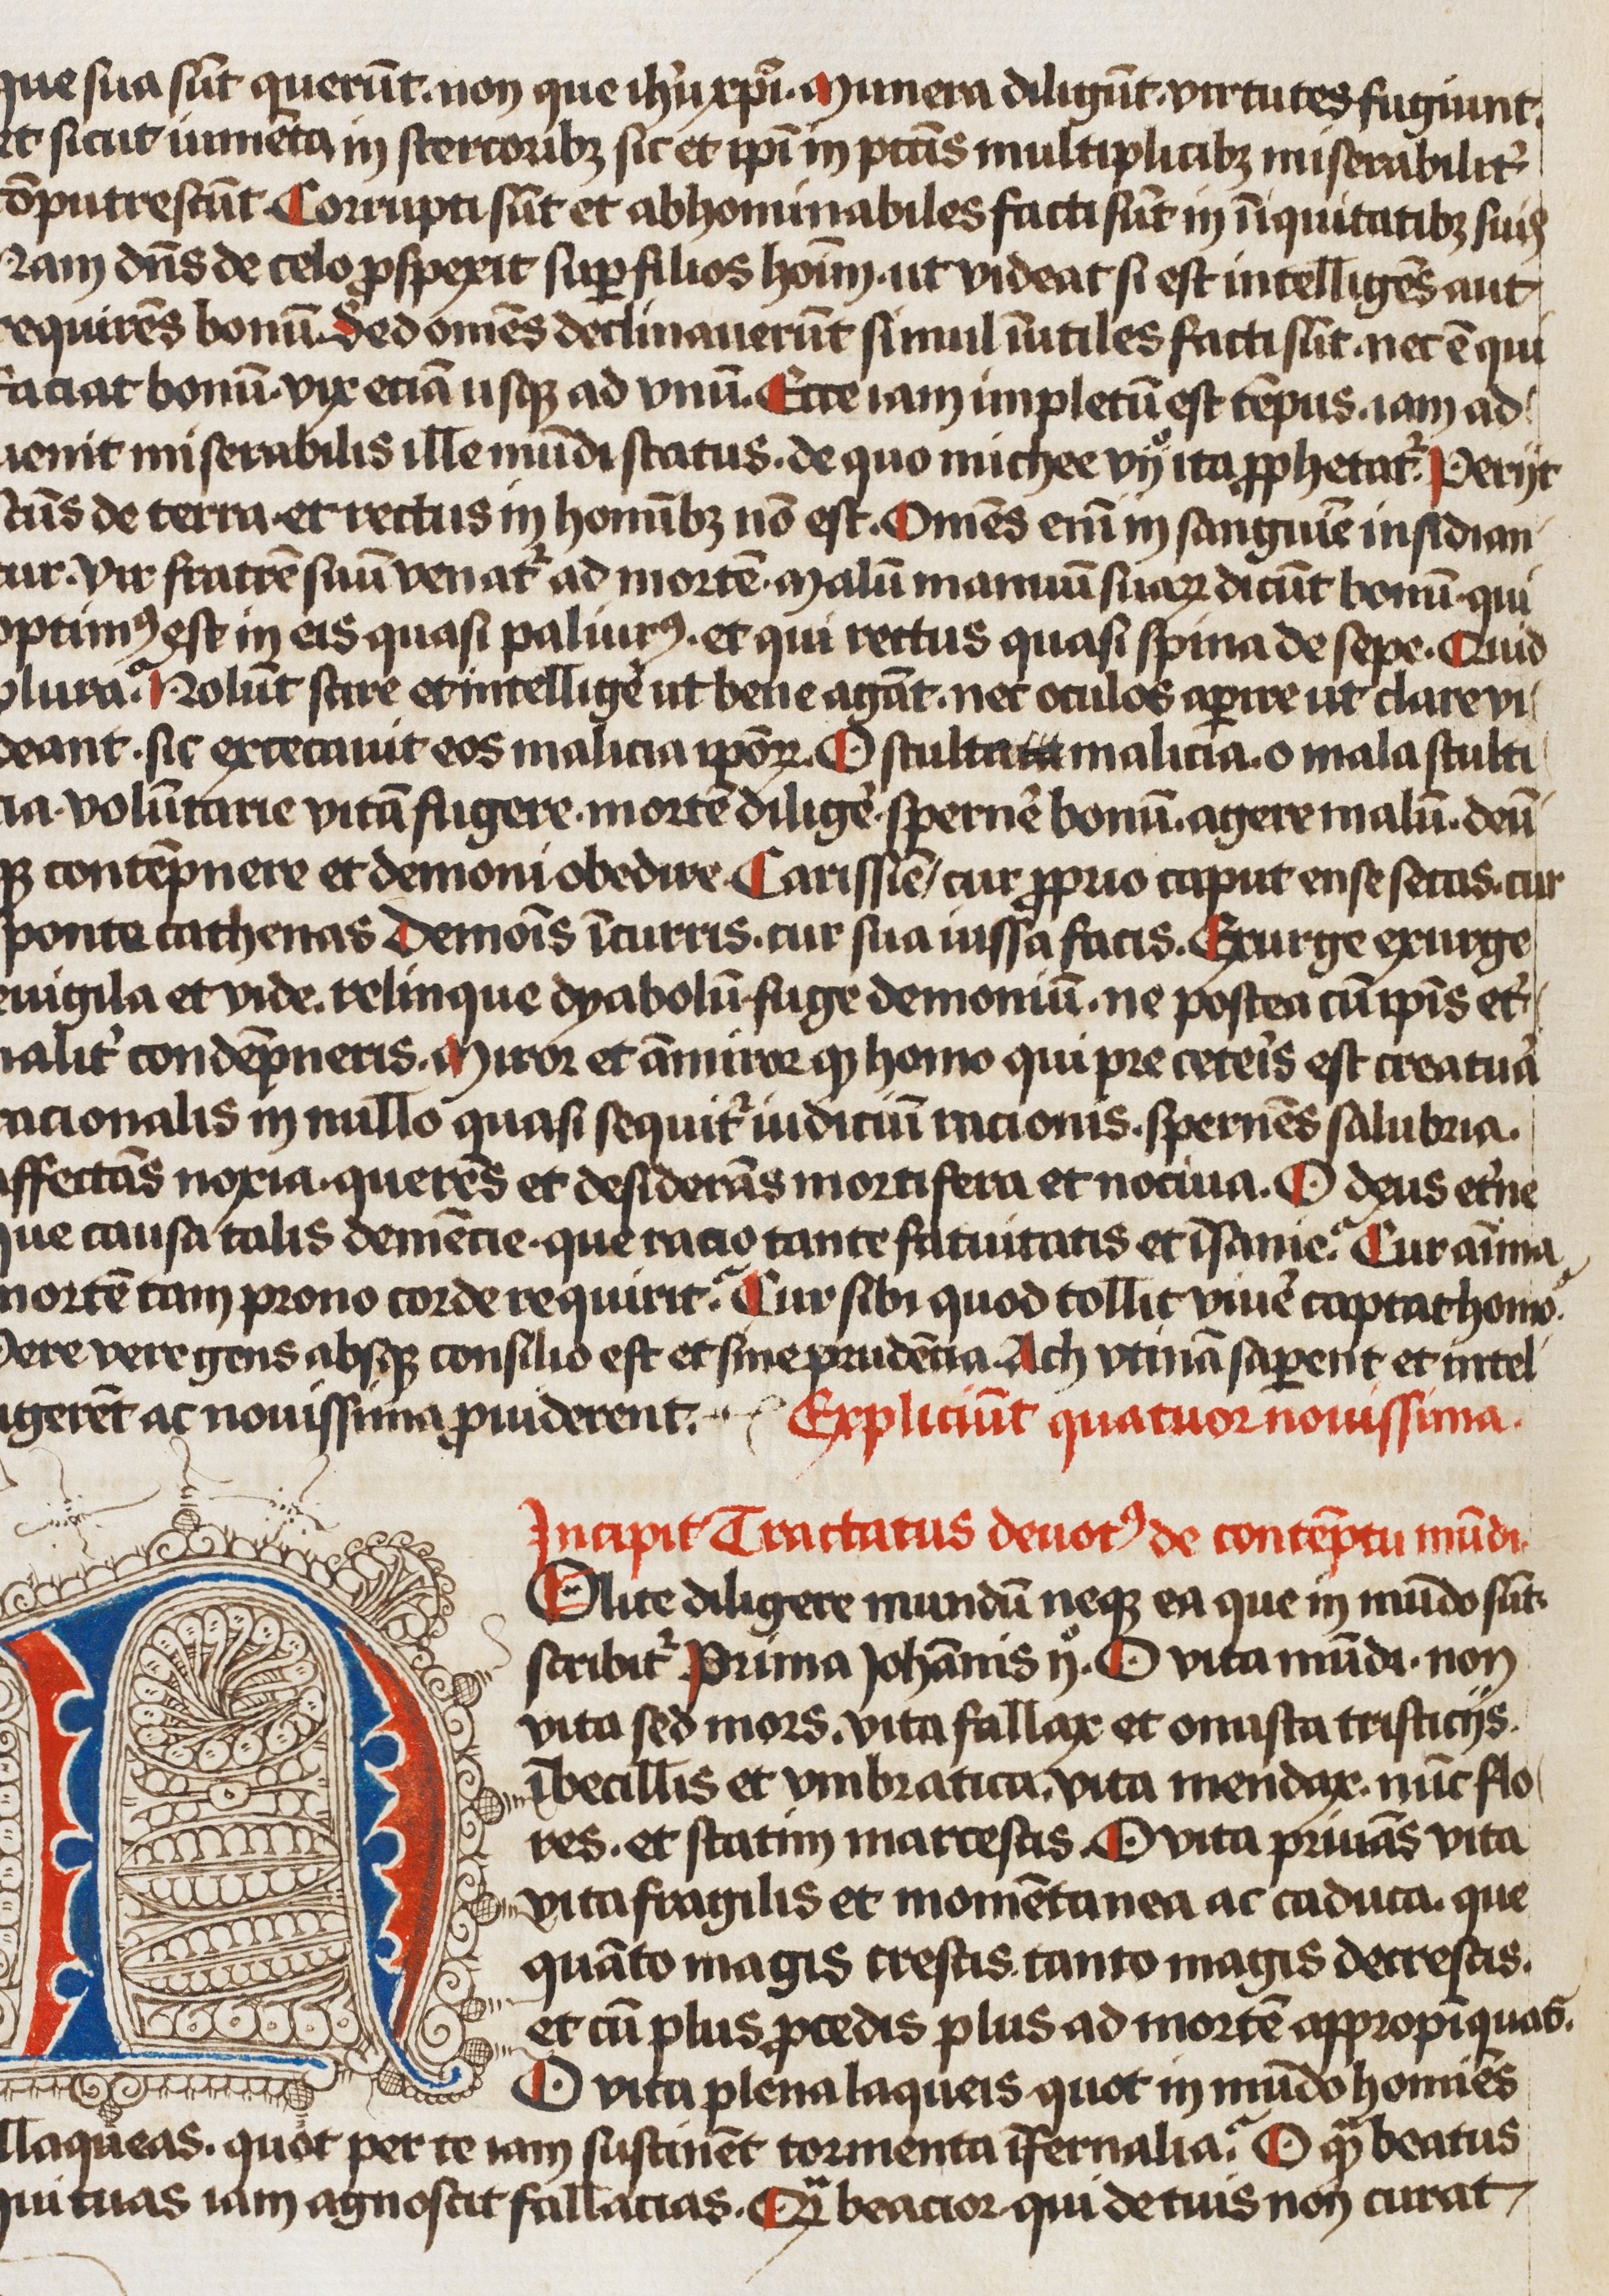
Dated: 1466–1466